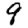
Digit: 9